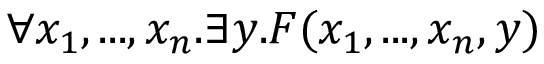
\forall x _ { 1 } , . . . , x _ { n } . \exists y . F ( x _ { 1 } , . . . , x _ { n } , y )